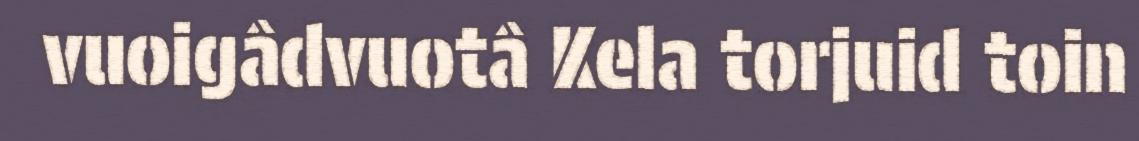
vuoigâdvuotâ Kela torjuid toin